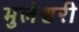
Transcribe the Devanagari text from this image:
भुलेश्वरी